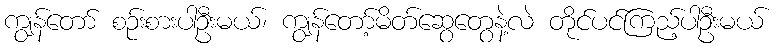
ကျွန်တော် စဉ်းစားပါဦးမယ်၊ ကျွန်တော့်မိတ်ဆွေတွေနဲ့လဲ တိုင်ပင်ကြည့်ပါဦးမယ်